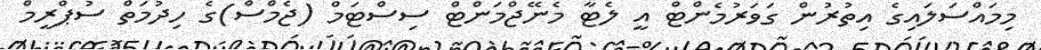
މިމައްސަލައިގެ އިތުރުން ގަވަރުމެންޓް އީ ލެޓާ މެނޭޖްމަންޓް ސިސްޓަމް (ޖެމްސް)ގެ ހިދުމަތް ސުޕްރީމް